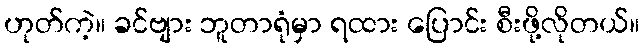
ဟုတ်ကဲ့။ ခင်ဗျား ဘူတာရုံမှာ ရထား ပြောင်း စီးဖို့လိုတယ်။